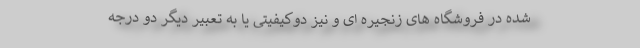
شده در فروشگاه های زنجیره ای و نیز دوکیفیتی یا به تعبیر دیگر دو درجه